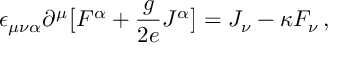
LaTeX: \epsilon _ { \mu \nu \alpha } \partial ^ { \mu } \big [ F ^ { \alpha } + { \frac { g } { 2 e } } J ^ { \alpha } \big ] = J _ { \nu } - \kappa F _ { \nu } \, ,